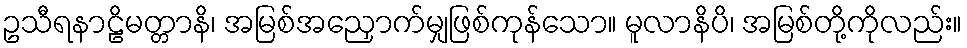
ဥသီရနာဠိမတ္တာနိ၊ အမြစ်အညှောက်မျှဖြစ်ကုန်သော။ မူလာနိပိ၊ အမြစ်တို့ကိုလည်း။